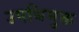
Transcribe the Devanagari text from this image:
उपधिमुक्त